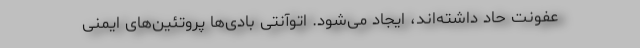
عفونت حاد داشته‌اند، ایجاد می‌شود. اتوآنتی بادی‌ها پروتئین‌های ایمنی